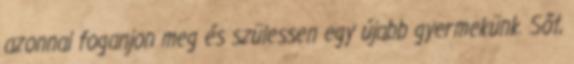
azonnal foganjon meg és szülessen egy újabb gyermekünk. Sõt,